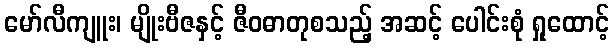
မော်လီကျူး၊ မျိုးဗီဇနှင့် ဇီဝဓာတုစသည့် အဆင့် ပေါင်းစုံ ရှုထောင့်